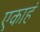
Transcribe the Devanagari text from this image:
एकाहं